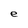
Character: e